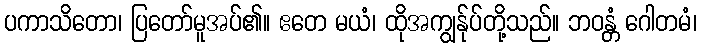
ပကာသိတော၊ ပြတော်မူအပ်၏။ ဧတေ မယံ၊ ထိုအကျွန်ုပ်တို့သည်။ ဘဝန္တံ ဂေါတမံ၊